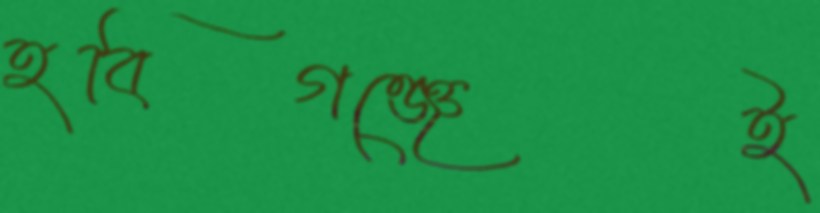
হবিগঞ্জেই